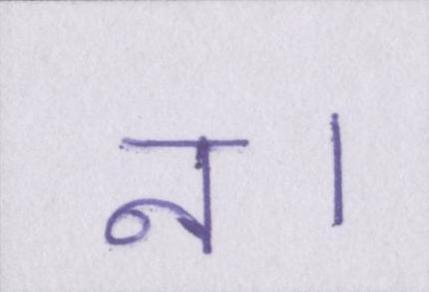
न।